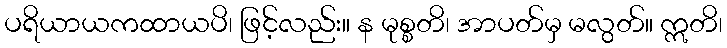
ပရိယာယကထာယပိ၊ ဖြင့်လည်း။ န မုစ္စတိ၊ အာပတ်မှ မလွတ်။ ဣတိ၊